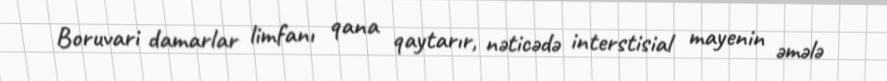
Boruvari damarlar limfanı qana qaytarır, nəticədə interstisial mayenin əmələ